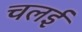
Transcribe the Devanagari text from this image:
चलई